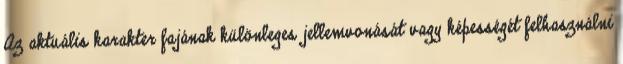
Az aktuális karakter fajának különleges jellemvonását vagy képességét felhasználni